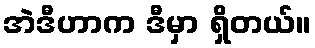
အဲဒီဟာက ဒီမှာ ရှိတယ်။